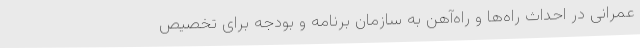
عمرانی در احداث راه‌ها و راه‌آهن به سازمان برنامه و بودجه برای تخصیص